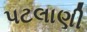
પટલાણી